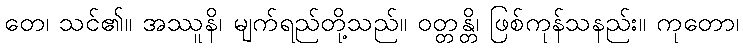
တေ၊ သင်၏။ အဿူနိ၊ မျက်ရည်တို့သည်။ ဝတ္တန္တိ၊ ဖြစ်ကုန်သနည်း။ ကုတော၊